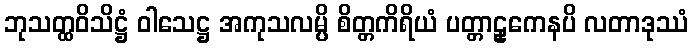
ဘုသတ္ထဝိသိဋ္ဌံ ဝါသေဋ္ဌ အကုသလမ္ပိ စိတ္တကိရိယံ ပတ္တာဠှကေနပိ လတာဒုဿံ